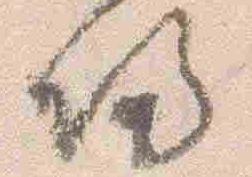
帰